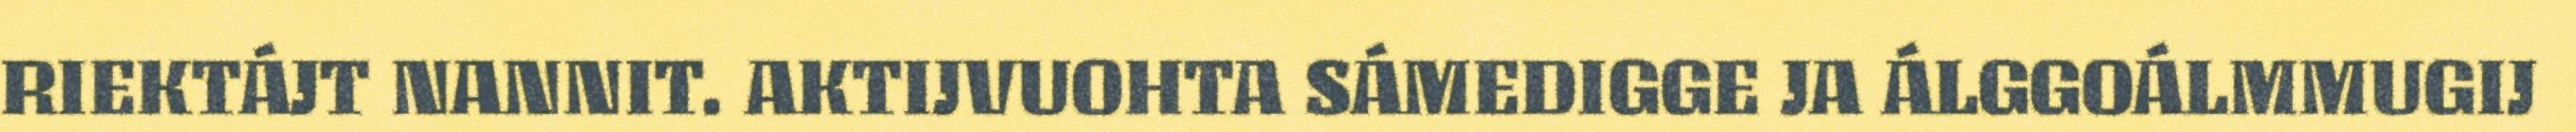
RIEKTÁJT NANNIT. AKTIJVUOHTA SÁMEDIGGE JA ÁLGGOÁLMMUGIJ